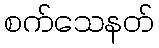
စက်သေနတ်